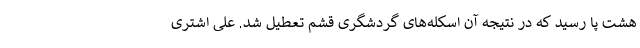
هشت پا رسید که در نتیجه آن اسکله‌های گردشگری قشم تعطیل شد. علی اشتری